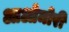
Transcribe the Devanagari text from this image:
आओमोरी